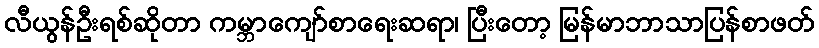
လီယွန်ဦးရစ်ဆိုတာ ကမ္ဘာကျော်စာရေးဆရာ၊ ပြီးတော့ မြန်မာဘာသာပြန်စာဖတ်